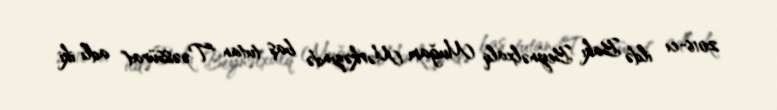
2016-cı ildə Bakı Beynəlxalq Muğam Mərkəzində baş tutan "Təəssürat" adlı iki